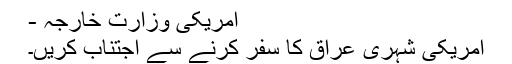
امریکی وزارت خارجہ -
امریکی شہری عراق کا سفر کرنے سے اجتناب کریں۔